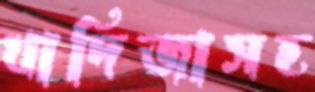
খাদিজাসহ